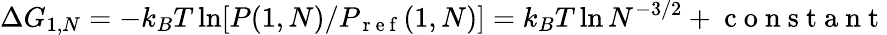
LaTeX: \Delta G_{1,N}=-k_{B}T\ln[P(1,N)/P_{\mathrm{~r~e~f~}}(1,N)]=k_{B}T\ln N^{-3/2}+\mathrm{~c~o~n~s~t~a~n~t~}